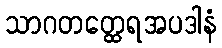
သာဂတတ္ထေရအပဒါနံ